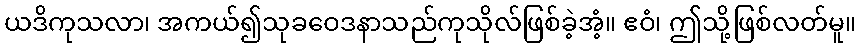
ယဒိကုသလာ၊ အကယ်၍သုခဝေဒနာသည်ကုသိုလ်ဖြစ်ခဲ့အံ့။ ဧဝံ၊ ဤသို့ဖြစ်လတ်မူ။